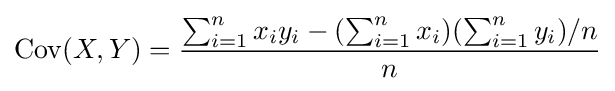
\operatorname {Cov} (X,Y)={\frac {\sum _{i=1}^{n}x_{i}y_{i}-(\sum _{i=1}^{n}x_{i})(\sum _{i=1}^{n}y_{i})/n}{n}}